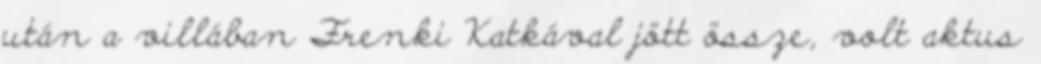
után a villában Frenki Katkával jött össze, volt aktus